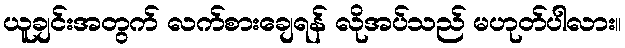
ယူချင်းအတွက် လက်စားချေရန် လိုအပ်သည် မဟုတ်ပါလား။